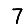
Digit: 7